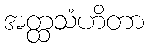
အတ္ထသံဟိတာ